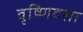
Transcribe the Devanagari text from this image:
वृष्णिदशा